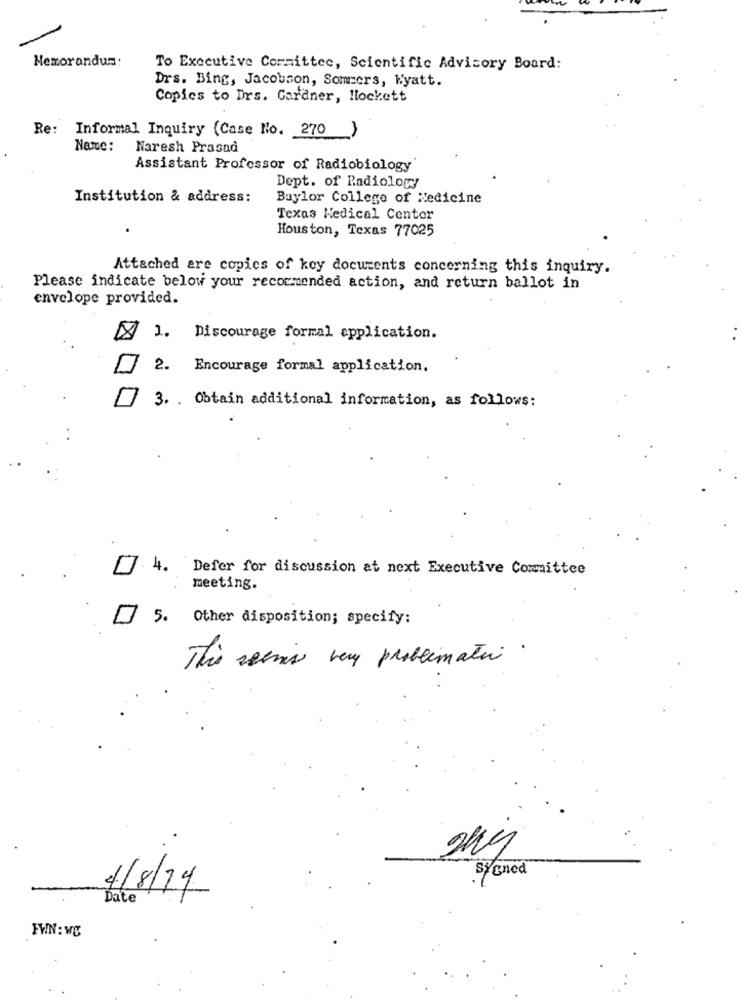
Memorandum:
To Executive Committee, Scientific Advisory Board:
Drs. Bing, Jacobson, Sommers, Kyatt.
Copics to Drs. Gardner, lockett
Re:
Informal Inquiry (Case No. 270_)
Name :
Naresh Prasad
Assistant Professor of Radiobiology
Dept. of Radiology
Institution & address:
Baylor College of Medicine
Texas Medical Center
Houston, Texas 77025
Attached are copics of key documents concerning this inquiry.
Please indicate below your recommended action, and return ballot in
envelope provided.
X 1. Discourage formal application.
2. Encourage formal application.
3. . Obtain additional information, as follows:
4. Defer for discussion at next Executive Committee
meeting.
] 5. Other disposition; specify:
This seenis very problemati .
Sygned
4/8/14
Date
FYN : WS